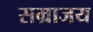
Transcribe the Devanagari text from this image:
सम्राजय